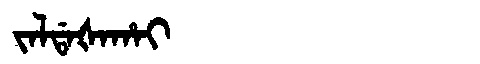
Manchu: ᠵᠠᠯᡩᠠᡧᠠᡥᠠᡳ
Romanization: JALDAŠAHAI